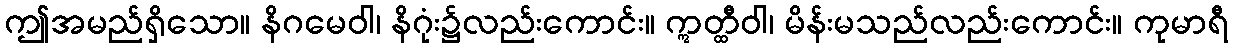
ဤအမည်ရှိသော။ နိဂမေဝါ၊ နိဂုံး၌လည်းကောင်း။ ဣတ္ထီဝါ၊ မိန်းမသည်လည်းကောင်း။ ကုမာရီ